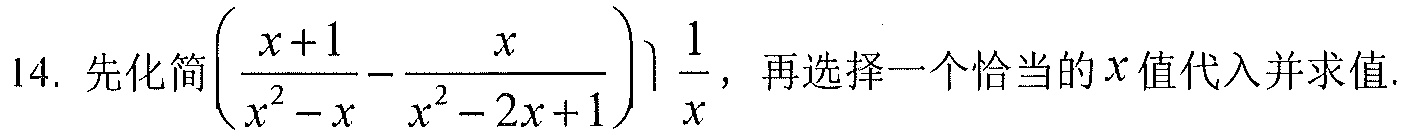
14. 先化简\(\left(\dfrac{x + 1}{x^{2}-x}-\dfrac{x}{x^{2}-2x + 1}\right)\dfrac{1}{x}\)，再选择一个恰当的\(x\)值代入并求值.